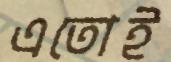
এতোই